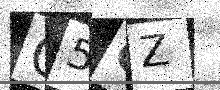
Text: C5GZ